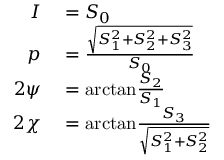
\begin{array} { r l } { I } & { { } = S _ { 0 } } \\ { p } & { { } = { \frac { \sqrt { S _ { 1 } ^ { 2 } + S _ { 2 } ^ { 2 } + S _ { 3 } ^ { 2 } } } { S _ { 0 } } } } \\ { 2 \psi } & { { } = \mathrm { a r c t a n } { \frac { S _ { 2 } } { S _ { 1 } } } } \\ { 2 \chi } & { { } = \mathrm { a r c t a n } { \frac { S _ { 3 } } { \sqrt { S _ { 1 } ^ { 2 } + S _ { 2 } ^ { 2 } } } } } \end{array}